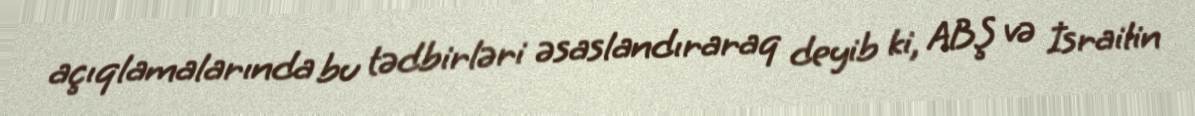
açıqlamalarında bu tədbirləri əsaslandıraraq deyib ki, ABŞ və İsrailin